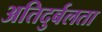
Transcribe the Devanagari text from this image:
अतिदुर्बलता